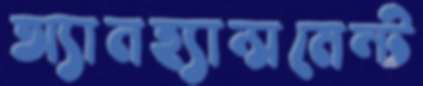
অ্যানহ্যান্সমেন্ট